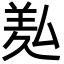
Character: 㕗